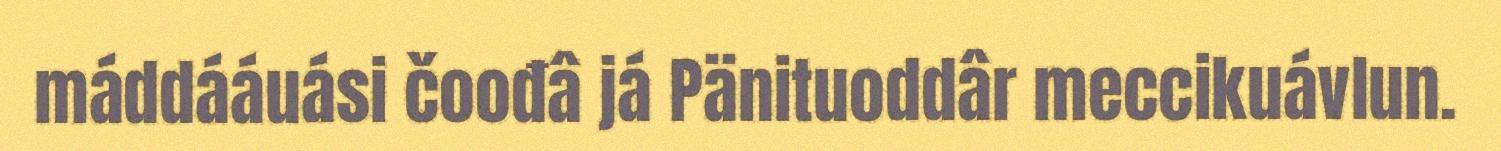
máddááuási čoođâ já Pänituoddâr meccikuávlun.